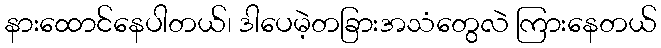
နားထောင်နေပါတယ်၊ ဒါပေမဲ့တခြားအသံတွေလဲ ကြားနေတယ်